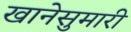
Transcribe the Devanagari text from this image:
खानेसुमारी